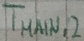
Text: TMAIN,2